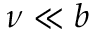
\nu \ll b